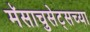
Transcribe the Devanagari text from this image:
मॅसाचुसेट्सच्या